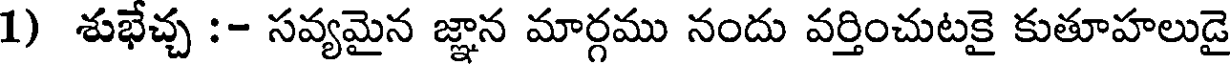
1) శుభేచ్చ :- సవ్యమైన జ్ఞాన మార్గము నందు వర్తించుటకై కుతూహలుడై